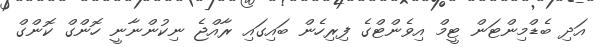
އަދި ބެޑްމިންޓަން ޓީމް އިވެންޓްގެ ފިރިހެން ބައިގައި ރާއްޖެ ނިކުންނާނީ ހޮންގް ކޮންގް